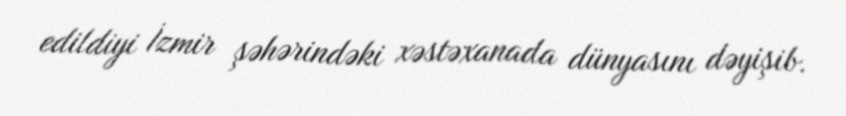
edildiyi İzmir şəhərindəki xəstəxanada dünyasını dəyişib.